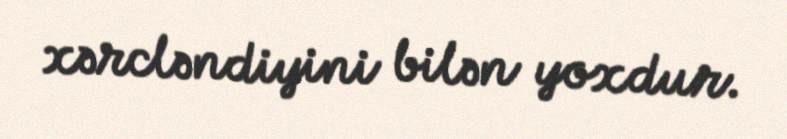
xərcləndiyini bilən yoxdur.